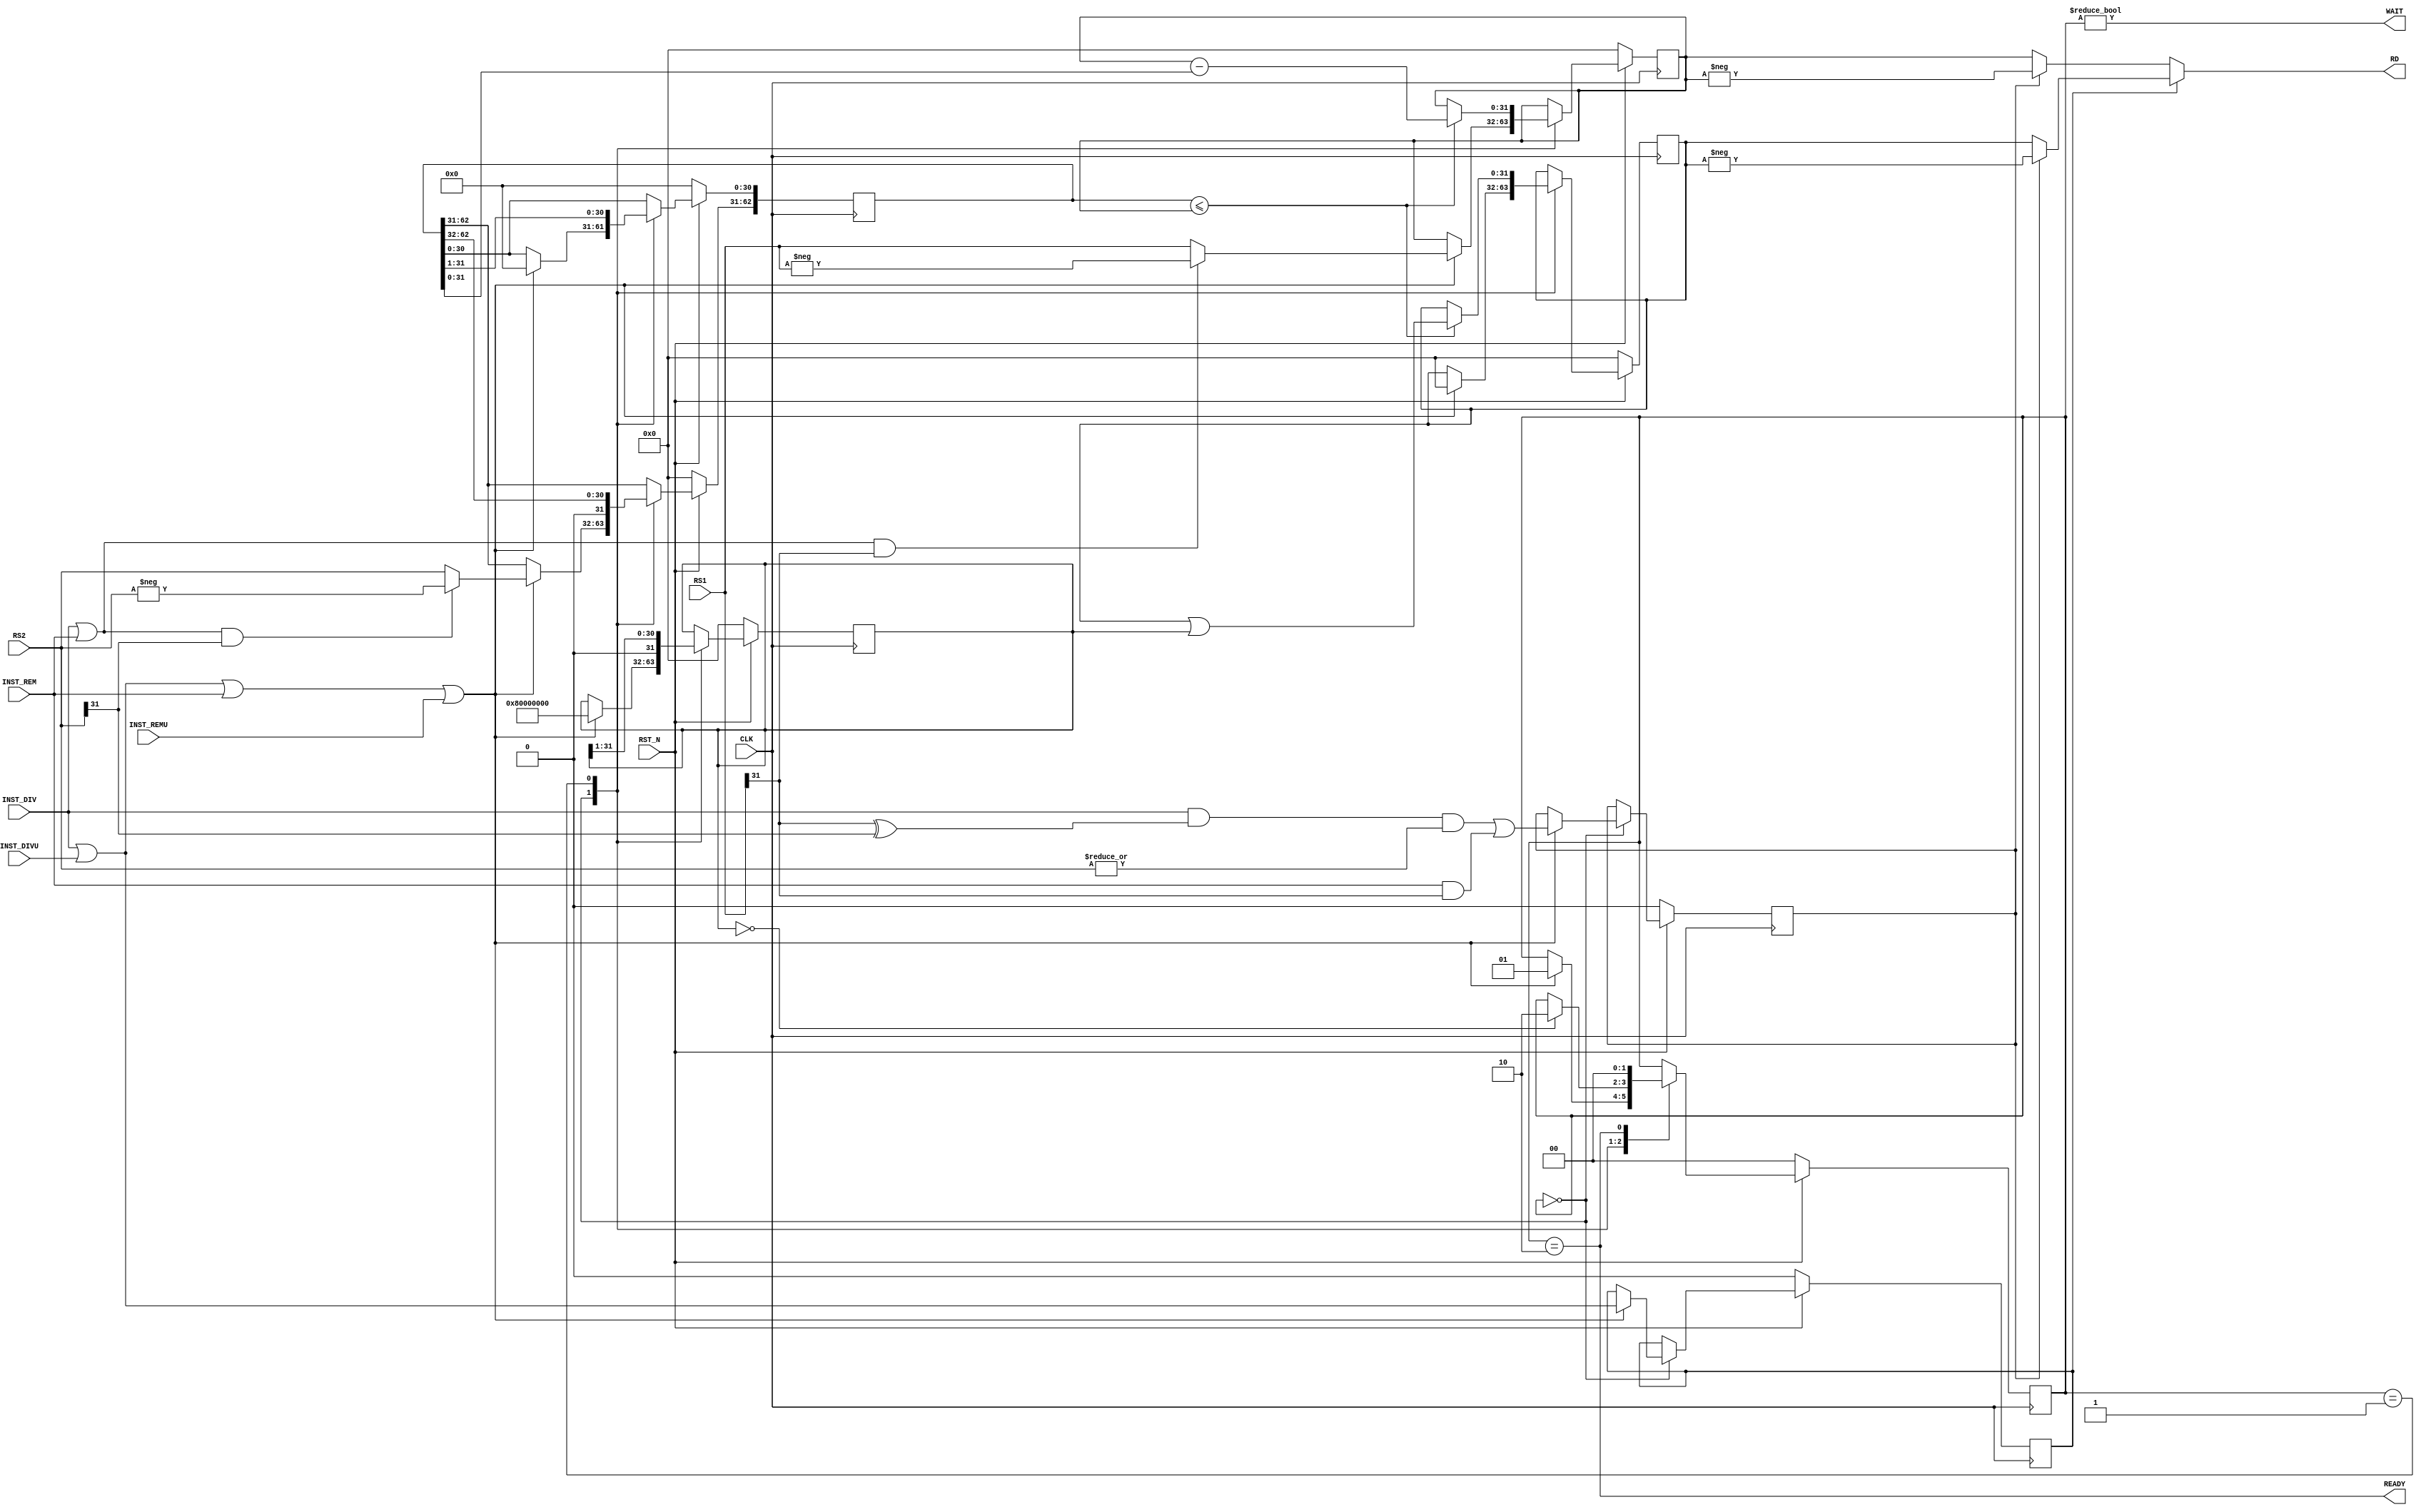
module fmrv32im_div
  (
   input 	     RST_N,
   input 	     CLK,

   input 	     INST_DIV,
   input 	     INST_DIVU,
   input 	     INST_REM,
   input 	     INST_REMU,

   input [31:0]      RS1,
   input [31:0]      RS2,

   output wire 	     WAIT,
   output wire 	     READY,
   output wire [31:0] RD
   );

   reg [1:0]     state;

   localparam S_IDLE = 2'd0;
   localparam S_EXEC = 2'd1;
   localparam S_FIN = 2'd2;

   wire          start;

   assign start = INST_DIV | INST_DIVU | INST_REM | INST_REMU;

   reg [31:0]    dividend;
   reg [62:0]    divisor;
   reg [31:0]    quotient, quotient_mask;
   reg           outsign;
   reg           reg_inst_div, reg_inst_rem;

   always @(posedge CLK) begin
      if(!RST_N) begin
         state <= S_IDLE;
         dividend <= 0;
         divisor <= 0;
         outsign <= 0;
         quotient <= 0;
         quotient_mask <= 0;
         reg_inst_div <= 0;
         reg_inst_rem <= 0;
//         RD <= 0;
      end else begin
         case(state)
           S_IDLE:
             begin
                if(start) begin
                   state <= S_EXEC;
                   dividend <= ((INST_DIV | INST_REM) & RS1[31])?-RS1:RS1;
                   divisor[62:31] <= ((INST_DIV | INST_REM) & RS2[31])?-RS2:RS2;
                   divisor[30:0] <= 31'd0;
                   outsign <= ((INST_DIV & (RS1[31] ^ RS2[31])) & |RS2) |
                              (INST_REM & RS1[31]);
                   quotient <= 32'd0;
                   quotient_mask <= 32'h8000_0000;
                   reg_inst_div <= INST_DIV | INST_DIVU;
                   reg_inst_rem <= INST_REM | INST_REMU;
                end
             end
           S_EXEC:
             begin
                if(!quotient_mask) begin
                   state <= S_FIN;
                end
                if(divisor <= dividend) begin
                   dividend <= dividend - divisor;
                   quotient <= quotient | quotient_mask;
                end
                divisor <= divisor >> 1;
                quotient_mask <= quotient_mask >> 1;
             end
           S_FIN:
             begin
                state <= S_IDLE;
/*
                if(reg_inst_div) begin
                   RD <= (outsign)?-quotient:quotient;
                end else if(reg_inst_rem) begin
                   RD <= (outsign)?-dividend:dividend;
                end else begin
                   RD <= 32'd0;
                end
 */
             end
         endcase
      end
   end

   assign WAIT  = (state != S_IDLE);
   assign READY = (state == S_FIN);
   assign RD    = (reg_inst_div)?((outsign)?-quotient:quotient):
		  ((outsign)?-dividend:dividend);

endmodule